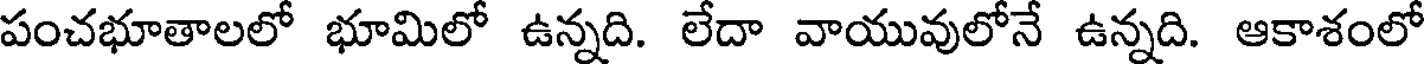
పంచభూతాలలో భూమిలో ఉన్నది. లేదా వాయువులోనే ఉన్నది. ఆకాశంలో